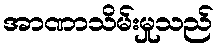
အာဏာသိမ်းမှုသည်